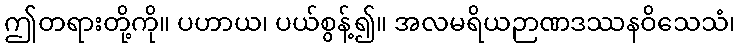
ဤတရားတို့ကို။ ပဟာယ၊ ပယ်စွန့်၍။ အလမရိယဉာဏဒဿနဝိသေသံ၊